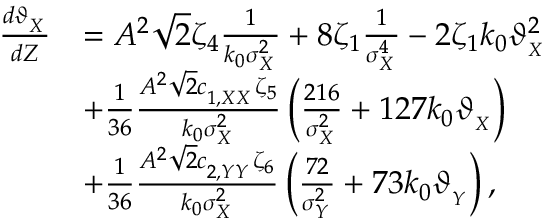
\begin{array} { r l } { \frac { d \vartheta _ { _ { X } } } { d Z } } & { = A ^ { 2 } \sqrt { 2 } \zeta _ { 4 } \frac { 1 } { k _ { 0 } \sigma _ { _ X } ^ { 2 } } + 8 \zeta _ { 1 } \frac { 1 } { \sigma _ { _ X } ^ { 4 } } - 2 \zeta _ { 1 } k _ { 0 } \vartheta _ { _ { X } } ^ { 2 } } \\ & { + \frac { 1 } { 3 6 } \frac { A ^ { 2 } \sqrt { 2 } c _ { _ { 1 , X X } } \zeta _ { 5 } } { k _ { 0 } \sigma _ { _ X } ^ { 2 } } \left( \frac { 2 1 6 } { \sigma _ { _ X } ^ { 2 } } + 1 2 7 k _ { 0 } \vartheta _ { _ { X } } \right) } \\ & { + \frac { 1 } { 3 6 } \frac { A ^ { 2 } \sqrt { 2 } c _ { _ { 2 , Y Y } } \zeta _ { 6 } } { k _ { 0 } \sigma _ { _ X } ^ { 2 } } \left( \frac { 7 2 } { \sigma _ { _ Y } ^ { 2 } } + 7 3 k _ { 0 } \vartheta _ { _ { Y } } \right) , } \end{array}